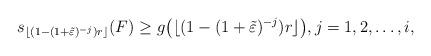
LaTeX: \begin{align*}s_{\lfloor(1-(1+\tilde\varepsilon)^{-j})r\rfloor}(F)\geq g\big(\lfloor(1-(1+\tilde\varepsilon)^{-j})r\rfloor\big),j=1,2,\dots,i,\end{align*}